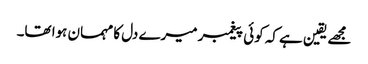
مجھے یقین ہے کہ کوئی پیغمبر میرے دل کا مہمان ہوا تھا۔